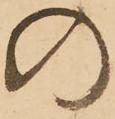
の